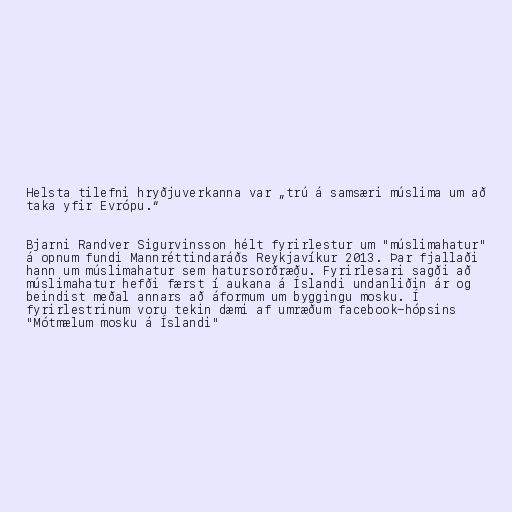
Helsta tilefni hryðjuverkanna var „trú á samsæri múslima um að
taka yfir Evrópu.“

Bjarni Randver Sigurvinsson hélt fyrirlestur um "múslimahatur"
á opnum fundi Mannréttindaráðs Reykjavíkur 2013. Þar fjallaði
hann um múslimahatur sem hatursorðræðu. Fyrirlesari sagði að
múslimahatur hefði færst í aukana á Íslandi undanliðin ár og
beindist meðal annars að áformum um byggingu mosku. Í
fyrirlestrinum voru tekin dæmi af umræðum facebook-hópsins
"Mótmælum mosku á Íslandi"